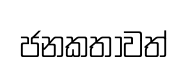
ජනකතාවත්